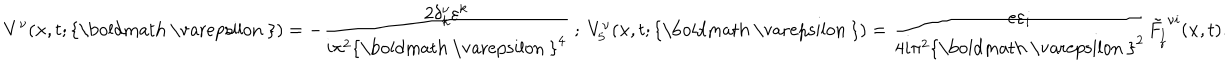
V ^ { \nu } ( { \bf x } , t ; \mathrm { { \boldmath ~ \ v a r e p s i l o n ~ } } ) = - \frac { 2 \delta _ { k } ^ { \nu } \varepsilon ^ { k } } { i \pi ^ { 2 } { \mathrm { { \boldmath ~ \ v a r e p s i l o n ~ } } } ^ { 4 } } \ ; \ V _ { 5 } ^ { \nu } ( { \bf x } , t ; \mathrm { { \boldmath ~ \ v a r e p s i l o n ~ } } ) = \frac { e \varepsilon _ { i } } { 4 i \pi ^ { 2 } { \mathrm { { \boldmath ~ \ v a r e p s i l o n ~ } } } ^ { 2 } } { \tilde { F _ { \stackrel { { \scriptstyle { l } } } { { \scriptstyle { r } } } } } } ^ { \nu i } ( { \bf x } , t ) .